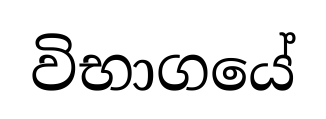
විභාගයේ